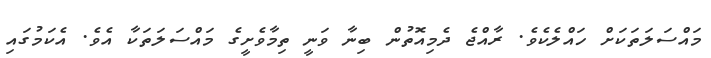
މައްސަލަތަކަށް ހައްލެކެވެ. ރާއްޖެ ދެމިއޮތުން ބިނާ ވަނީ ތިމާވެށީގެ މައްސަލަތަކާ އެވެ. އެކަމުގައި